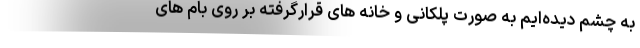
به چشم دیده‌ایم به صورت پلکانی و خانه های قرارگرفته بر روی بام های